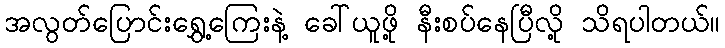
အလွတ်ပြောင်းရွှေ့ကြေးနဲ့ ခေါ်ယူဖို့ နီးစပ်နေပြီလို့ သိရပါတယ်။